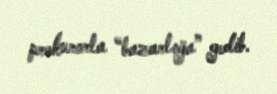
prokurorla “bazarlığa” gedib.